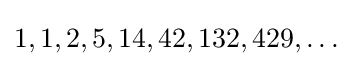
1,1,2,5,14,42,132,429,\ldots